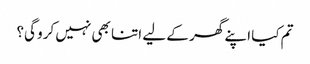
تم کیا اپنے گھر کے لیے اتنا بھی نہیں کرو گی؟